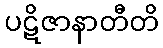
ပဋိဇာနာတီတိ